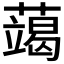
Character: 𮒍